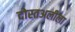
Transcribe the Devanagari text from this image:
दोस्तअलीला